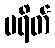
ပရိတ်